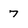
Character: 7